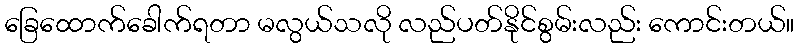
ခြေထောက်ခေါက်ရတာ မလွယ်သလို လည်ပတ်နိုင်စွမ်းလည်း ကောင်းတယ်။